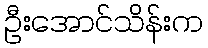
ဦးအောင်သိန်းက